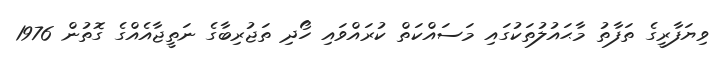
ވިޔަފާރީގެ ތަފާތު މާޙައުލުތަކުގައި މަސައްކަތް ކުރައްވައި ހޯދި ތަޖުރިބާގެ ނަތީޖާއެއްގެ ގޮތުން 1976